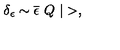
\delta _ { \epsilon } \sim \overline { { \epsilon } } \ Q \ | > ,